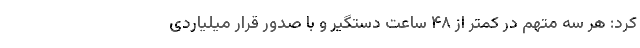
کرد: هر سه متهم در کمتر از ۴۸ ساعت دستگیر و با صدور قرار میلیاردی